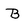
Character: B